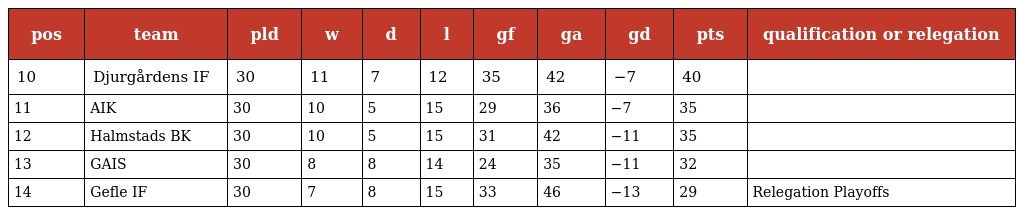
| pos | team | pld | w | d | l | gf | ga | gd | pts | qualification or relegation |
 | --- | --- | --- | --- | --- | --- | --- | --- | --- | --- | --- |
 | 10 | Djurgårdens IF | 30 | 11 | 7 | 12 | 35 | 42 | −7 | 40 |  |
 | 11 | AIK | 30 | 10 | 5 | 15 | 29 | 36 | −7 | 35 |  |
 | 12 | Halmstads BK | 30 | 10 | 5 | 15 | 31 | 42 | −11 | 35 |  |
 | 13 | GAIS | 30 | 8 | 8 | 14 | 24 | 35 | −11 | 32 |  |
 | 14 | Gefle IF | 30 | 7 | 8 | 15 | 33 | 46 | −13 | 29 | Relegation Playoffs |